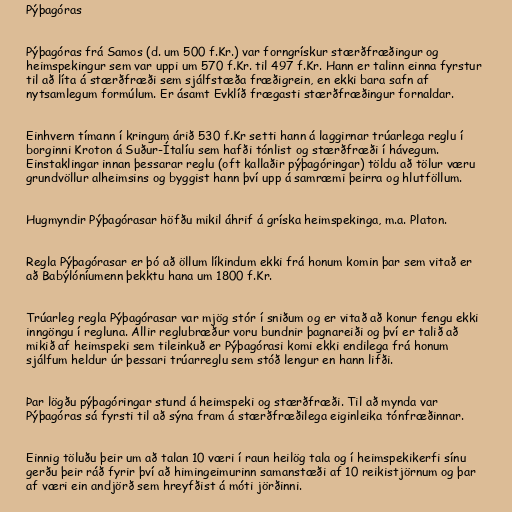
Pýþagóras

Pýþagóras frá Samos (d. um 500 f.Kr.) var forngrískur stærðfræðingur og
heimspekingur sem var uppi um 570 f.Kr. til 497 f.Kr. Hann er talinn einna fyrstur
til að líta á stærðfræði sem sjálfstæða fræðigrein, en ekki bara safn af
nytsamlegum formúlum. Er ásamt Evklíð frægasti stærðfræðingur fornaldar.

Einhvern tímann í kringum árið 530 f.Kr setti hann á laggirnar trúarlega reglu í
borginni Kroton á Suður-Ítalíu sem hafði tónlist og stærðfræði í hávegum.
Einstaklingar innan þessarar reglu (oft kallaðir pýþagóringar) töldu að tölur væru
grundvöllur alheimsins og byggist hann því upp á samræmi þeirra og hlutföllum.

Hugmyndir Pýþagórasar höfðu mikil áhrif á gríska heimspekinga, m.a. Platon.

Regla Pýþagórasar er þó að öllum líkindum ekki frá honum komin þar sem vitað er
að Babýlóníumenn þekktu hana um 1800 f.Kr.

Trúarleg regla Pýþagórasar var mjög stór í sniðum og er vitað að konur fengu ekki
inngöngu í regluna. Allir reglubræður voru bundnir þagnareiði og því er talið að
mikið af heimspeki sem tileinkuð er Pýþagórasi komi ekki endilega frá honum
sjálfum heldur úr þessari trúarreglu sem stóð lengur en hann lifði.

Þar lögðu pýþagóringar stund á heimspeki og stærðfræði. Til að mynda var
Pýþagóras sá fyrsti til að sýna fram á stærðfræðilega eiginleika tónfræðinnar.

Einnig töluðu þeir um að talan 10 væri í raun heilög tala og í heimspekikerfi sínu
gerðu þeir ráð fyrir því að himingeimurinn samanstæði af 10 reikistjörnum og þar
af væri ein andjörð sem hreyfðist á móti jörðinni.